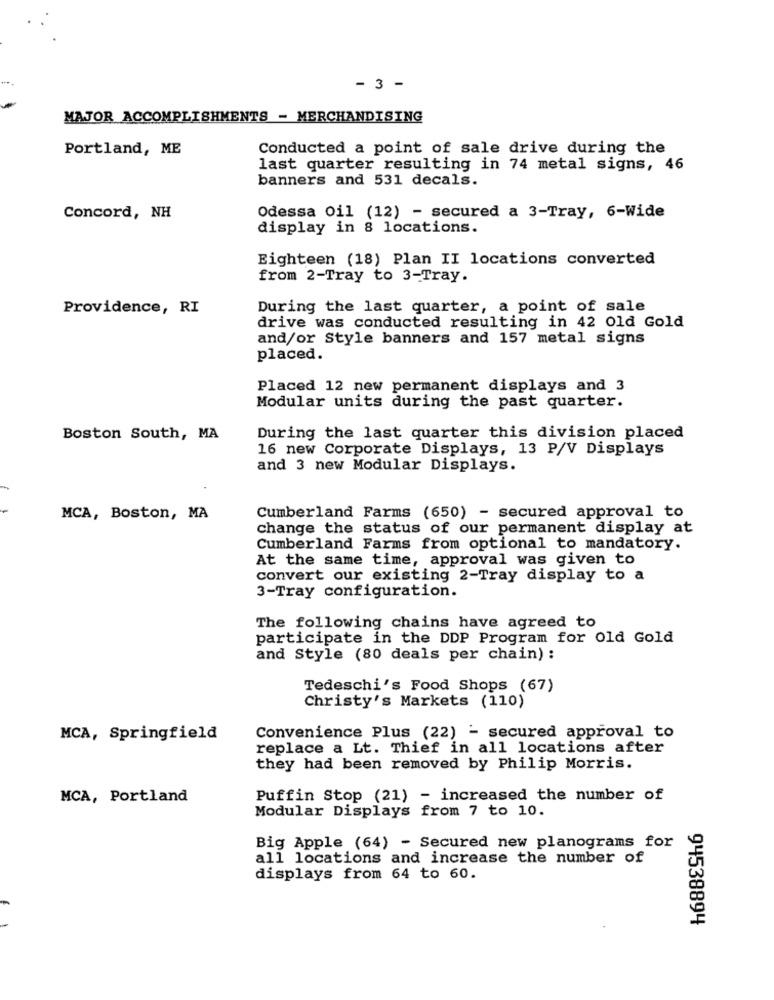
- 3 -
MAJOR ACCOMPLISHMENTS - MERCHANDISING
Portland, ME
Conducted a point of sale drive during the
last quarter resulting in 74 metal signs, 46
banners and 531 decals.
Concord, NH
Odessa Oil (12) - secured a 3-Tray, 6-Wide
display in 8 locations.
Eighteen (18) Plan II locations converted
from 2-Tray to 3-Tray.
Providence, RI
During the last quarter, a point of sale
drive was conducted resulting in 42 old Gold
and/or Style banners and 157 metal signs
placed.
Placed 12 new permanent displays and 3
Modular units during the past quarter.
During the last quarter this division placed
Boston South, MA
16 new Corporate Displays, 13 P/V Displays
and 3 new Modular Displays.
MCA, Boston, MA
Cumberland Farms (650) - secured approval to
change the status of our permanent display at
Cumberland Farms from optional to mandatory.
At the same time, approval was given to
convert our existing 2-Tray display to a
3-Tray configuration.
The following chains have agreed to
participate in the DDP Program for old Gold
and Style (80 deals per chain) :
Tedeschi's Food Shops (67)
Christy's Markets (110)
Convenience Plus (22) - secured approval to
MCA, Springfield
replace a Lt. Thief in all locations after
they had been removed by Philip Morris.
MCA, Portland
Puffin Stop (21) - increased the number of
Modular Displays from 7 to 10.
Big Apple (64) - Secured new planograms for
all locations and increase the number of
displays from 64 to 60.
94538894